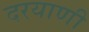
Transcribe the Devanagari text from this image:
दरयाणी